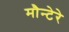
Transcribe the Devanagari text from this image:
मौन्टेरे